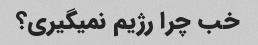
خب چرا رژیم نمیگیری؟